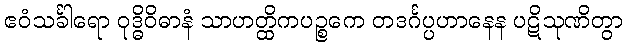
ဧဝံသင်္ခါရော ဝုဒ္ဓိဝိဓာနံ သာဟတ္ထိကပဉ္စကေ တဒင်္ဂပ္ပဟာနေန ပဋိသုဏိတွာ